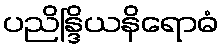
ပညိန္ဒြိယနိရောဓံ